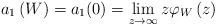
LaTeX: \begin{align*}a_{1}\left( W\right) =a_{1}(0)=\lim_{z\rightarrow\infty}z\varphi_{W}\left(z\right) \end{align*}